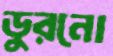
ডুরনো